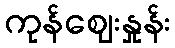
ကုန်ဈေးနှုန်း